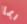
ربما